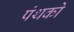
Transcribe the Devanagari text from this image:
पंथको